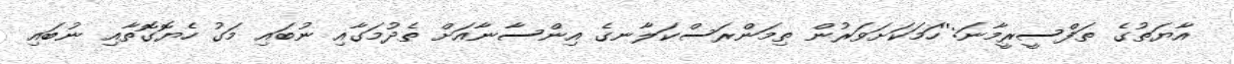
އާޔަތުގެ ތަފްސީރީމާނަ:''ހަމަކަށަވަރުން ތިމަންރަސްކަލާނގެ އިންސާނާއަށް ތެދުމަގާއި ނުބައި މަގު ހެޔޮގޮތާއި ނުބައި